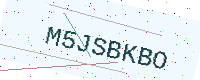
Text: M5JSBKBO